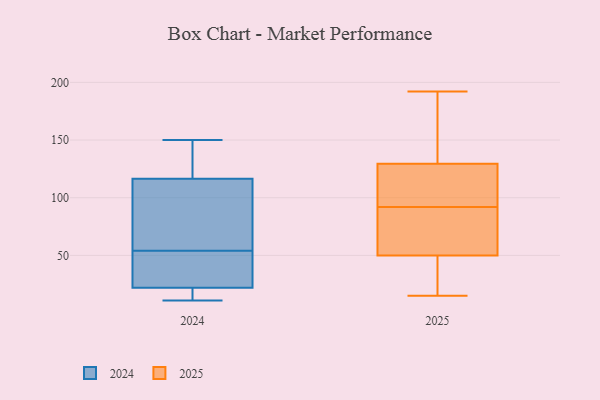
{"axis": {"x": "Revenue (USD Million)", "y": "Value"}, "legend": ["2024", "2025"], "data": [{"x": "", "y": 139, "type": "2025"}, {"x": "", "y": 90, "type": "2025"}, {"x": "", "y": 15, "type": "2025"}, {"x": "", "y": 64, "type": "2025"}, {"x": "", "y": 130, "type": "2025"}, {"x": "", "y": 32, "type": "2025"}, {"x": "", "y": 61, "type": "2025"}, {"x": "", "y": 129, "type": "2025"}, {"x": "", "y": 192, "type": "2025"}, {"x": "", "y": 72, "type": "2025"}, {"x": "", "y": 107, "type": "2025"}, {"x": "", "y": 39, "type": "2025"}, {"x": "", "y": 162, "type": "2025"}, {"x": "", "y": 122, "type": "2025"}, {"x": "", "y": 94, "type": "2025"}, {"x": "", "y": 25, "type": "2025"}, {"x": "", "y": 20, "type": "2024"}, {"x": "", "y": 54, "type": "2024"}, {"x": "", "y": 33, "type": "2024"}, {"x": "", "y": 115, "type": "2024"}, {"x": "", "y": 150, "type": "2024"}, {"x": "", "y": 11, "type": "2024"}, {"x": "", "y": 120, "type": "2024"}, {"x": "", "y": 28, "type": "2024"}, {"x": "", "y": 117, "type": "2024"}, {"x": "", "y": 18, "type": "2024"}, {"x": "", "y": 96, "type": "2024"}]}